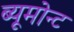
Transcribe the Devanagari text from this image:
ब्यूमोन्ट